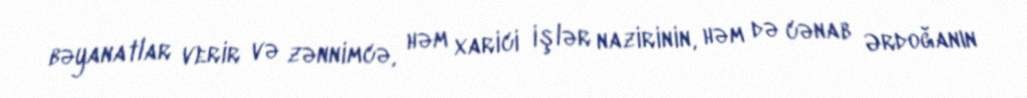
bəyanatlar verir və zənnimcə, həm xarici işlər nazirinin, həm də cənab Ərdoğanın